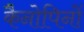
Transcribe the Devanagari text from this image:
कैनोपिनों